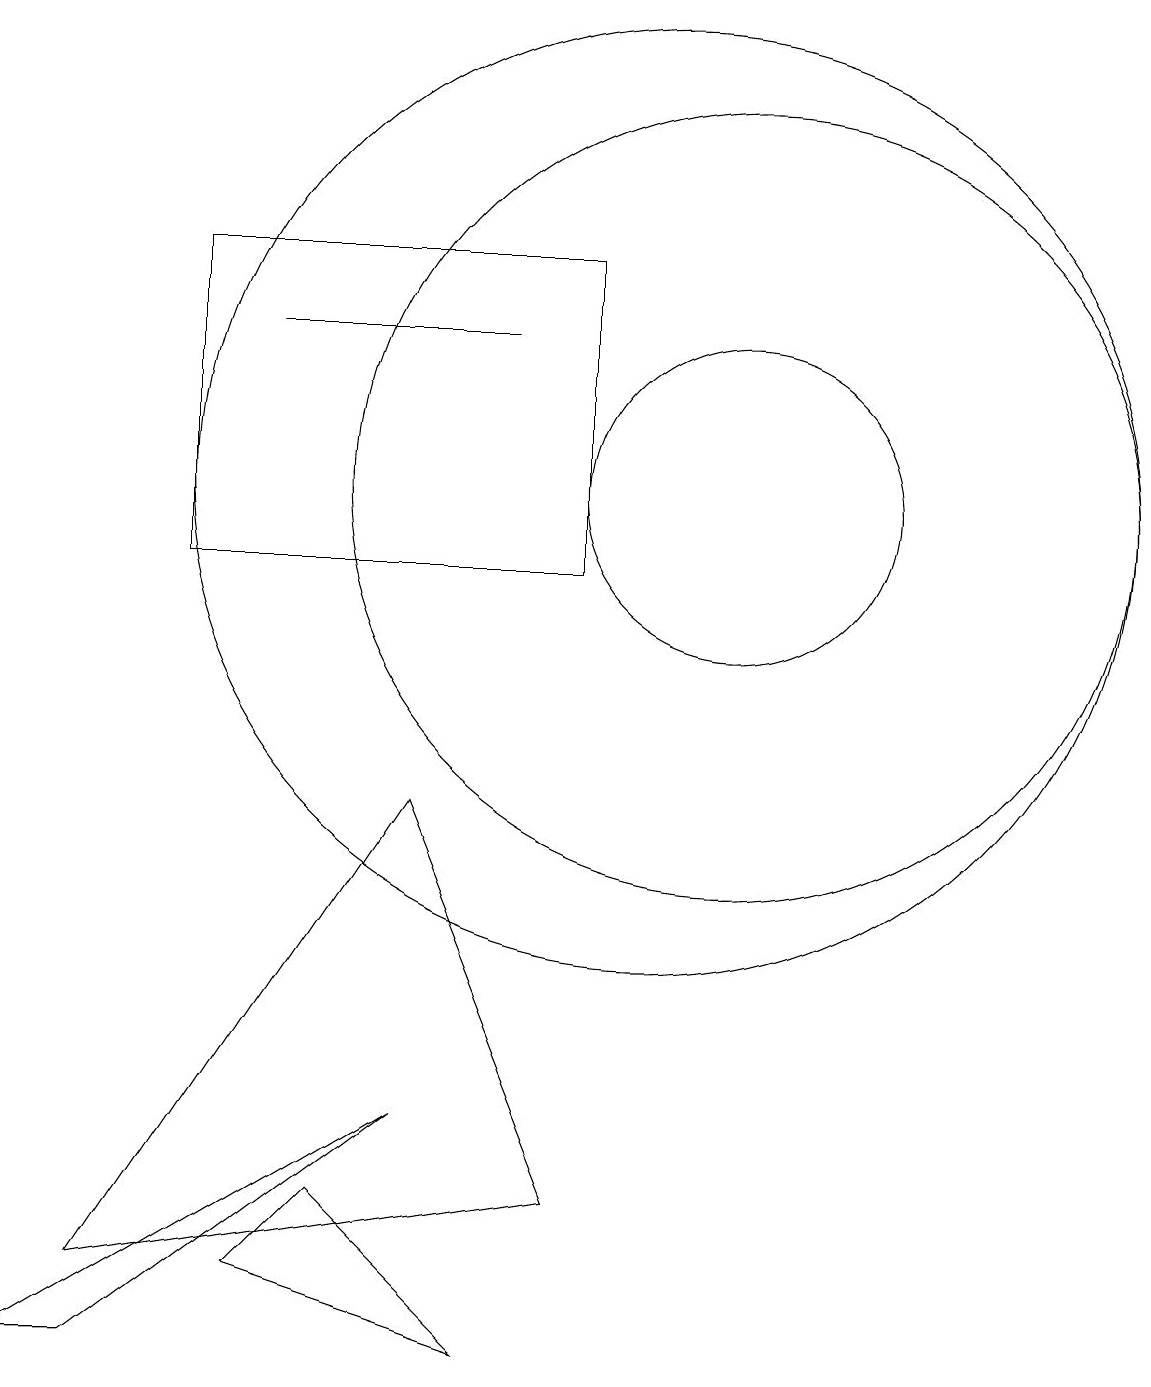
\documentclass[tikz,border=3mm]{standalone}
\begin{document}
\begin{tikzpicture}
\draw (3,0) -- (7,3) -- (2,0) -- cycle;
\draw (11,11) circle (5);
\draw (8,0) -- (6,2) -- (5,1) -- cycle;
\draw (10,11) circle (6);
\draw (5,13) rectangle (8,13);
\draw (11,11) circle (2);
\draw (9,14) rectangle (4,10);
\draw (9,2) -- (3,1) -- (7,7) -- cycle;
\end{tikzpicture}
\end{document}